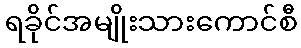
ရခိုင်အမျိုးသားကောင်စီ